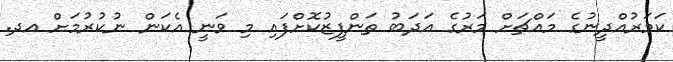
ކަމަރުއްދީނުގެ މައްޗަށް މަރުގެ އަދަބު ތަންފީޒުކޮށްފައި މި ވަނީ އެކަން ނުކުރުމަށް އދ.